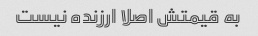
به قیمتش اصلا ارزنده نیست